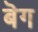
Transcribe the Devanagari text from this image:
बॆग